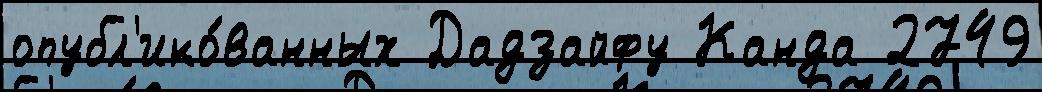
опубл'ико́ванных Дадзайфу Канда 2749